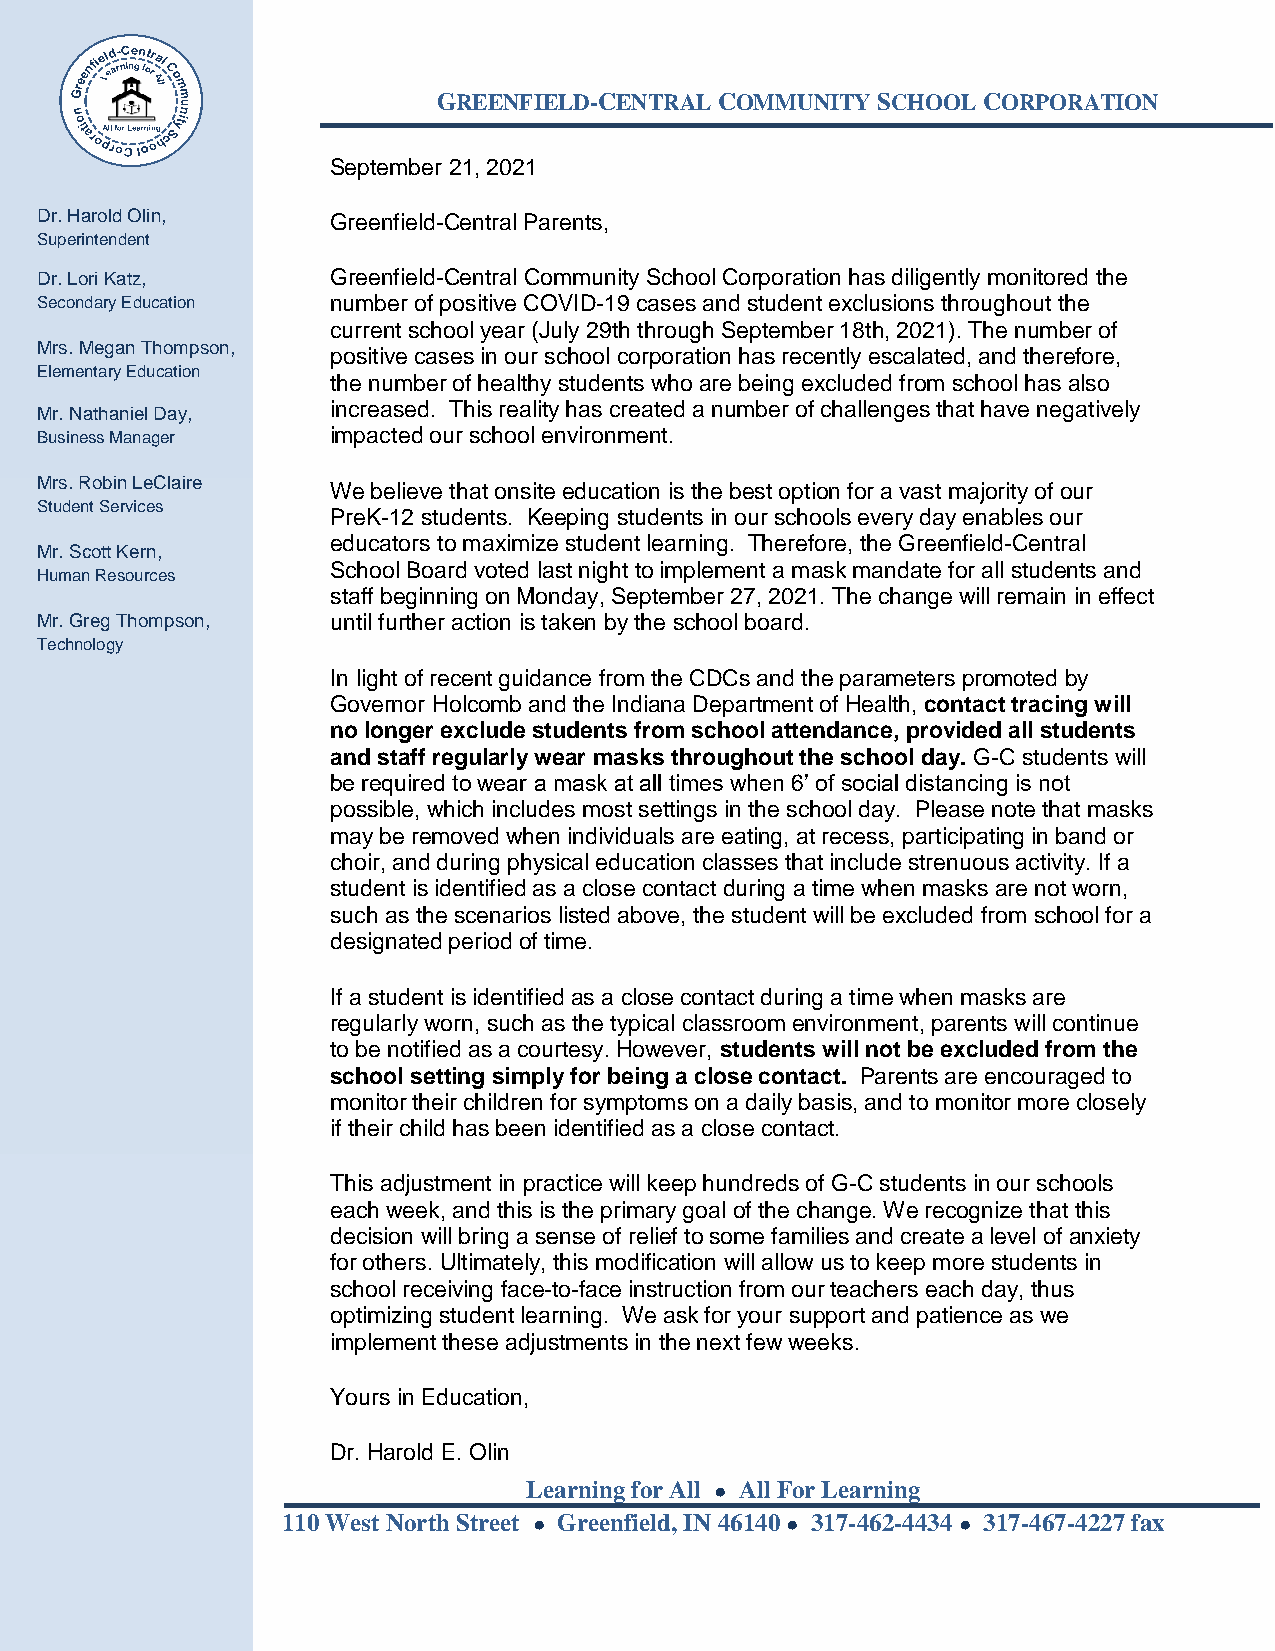
GREENFIELD-CENTRAL COMMUNITY SCHOOL CORPORATION
 September 21, 2021
 Dr. Harold Olin,    Greenfield-Central Parents,
 Superintendent
 Dr. Lori Katz,      Greenfield-Central Community School Corporation has diligently monitored the
 Secondary Education number of positive COVID-19 cases and student exclusions throughout the
 current school year (July 29th through September 18th, 2021). The number of
 Mrs. Megan Thompson,
 positive cases in our school corporation has recently escalated, and therefore,
 Elementary Education
 the number of healthy students who are being excluded from school has also
 increased. This reality has created a number of challenges that have negatively
 Mr. Nathaniel Day,
 Business Manager    impacted our school environment.
 Mrs. Robin LeClaire We believe that onsite education is the best option for a vast majority of our
 Student Services
 PreK-12 students. Keeping students in our schools every day enables our
 educators to maximize student learning. Therefore, the Greenfield-Central
 Mr. Scott Kern,
 School Board voted last night to implement a mask mandate for all students and
 Human Resources
 staff beginning on Monday, September 27, 2021. The change will remain in effect
 Mr. Greg Thompson,  until further action is taken by the school board.
 Technology
 In light of recent guidance from the CDCs and the parameters promoted by
 Governor Holcomb and the Indiana Department of Health, contact tracing will
 no longer exclude students from school attendance, provided all students
 and staff regularly wear masks throughout the school day. G-C students will
 be required to wear a mask at all times when 6’ of social distancing is not
 possible, which includes most settings in the school day. Please note that masks
 may be removed when individuals are eating, at recess, participating in band or
 choir, and during physical education classes that include strenuous activity. If a
 student is identified as a close contact during a time when masks are not worn,
 such as the scenarios listed above, the student will be excluded from school for a
 designated period of time.
 If a student is identified as a close contact during a time when masks are
 regularly worn, such as the typical classroom environment, parents will continue
 to be notified as a courtesy. However, students will not be excluded from the
 school setting simply for being a close contact. Parents are encouraged to
 monitor their children for symptoms on a daily basis, and to monitor more closely
 if their child has been identified as a close contact.
 This adjustment in practice will keep hundreds of G-C students in our schools
 each week, and this is the primary goal of the change. We recognize that this
 decision will bring a sense of relief to some families and create a level of anxiety
 for others. Ultimately, this modification will allow us to keep more students in
 school receiving face-to-face instruction from our teachers each day, thus
 optimizing student learning. We ask for your support and patience as we
 implement these adjustments in the next few weeks.
 Yours in Education,
 Dr. Harold E. Olin
 Learning for All ● All For Learning
 110 West North Street ● Greenfield, IN 46140 ● 317-462-4434 ● 317-467-4227 fax